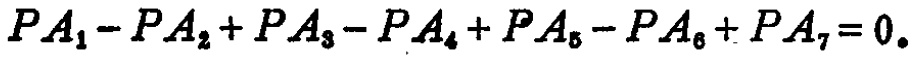
\(PA_1 - PA_2 + PA_3 - PA_4 + PA_5 - PA_6 + PA_7 = 0.\)